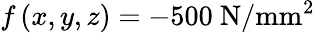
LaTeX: f\left(x,y,z\right)=-500~\mathrm{N/mm^{2}}